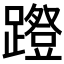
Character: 𰸱